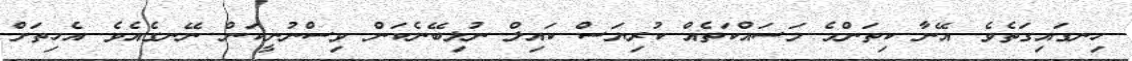
ހިނގައިގަތެވެ. އޭނާ ކިތަންމެ މަސައްކަތެއް ކުރިޔަސް ކައިލް ނުލިބޭނެކަން ވިސްނުނީކަން ނޭނގެއެވެ. އެހިތަށް